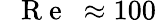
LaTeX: \mathrm{~\textit~{~R~e~}~}\approx 100